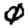
Digit: 0